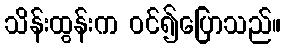
သိန်းထွန်းက ဝင်၍ပြောသည်။